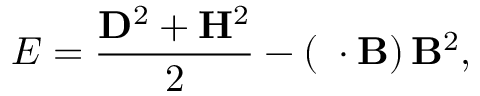
{ \cal E } = \frac { { \bf D } ^ { 2 } + { \bf H } ^ { 2 } } { 2 } - \left( { \bf \theta } \cdot { \bf B } \right) { \bf B } ^ { 2 } ,